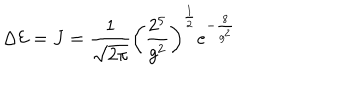
\Delta { \cal E } = J = \frac { 1 } { \sqrt { 2 \pi } } \left( \frac { 2 ^ { 5 } } { g ^ { 2 } } \right) ^ { \frac 1 2 } e ^ { - \frac { 8 } { g ^ { 2 } } }